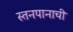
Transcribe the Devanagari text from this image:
स्तनपानाची